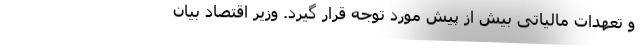
و تعهدات مالیاتی بیش از پیش مورد توجه قرار گیرد. وزیر اقتصاد بیان